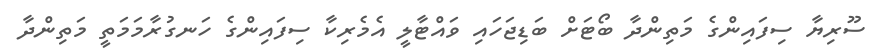
ސޫރިޔާ ސިފައިންގެ މަތިންދާ ބޯޓަށް ބަޑިޖަހައި ވައްޓާލީ އެމެރިކާ ސިފައިންގެ ހަނގުރާމަމަތީ މަތިންދާ